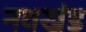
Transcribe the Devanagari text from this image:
नवखंड